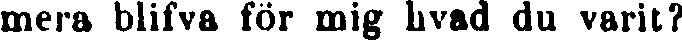
mera blifva för mig hvad du varit?